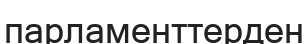
парламенттерден